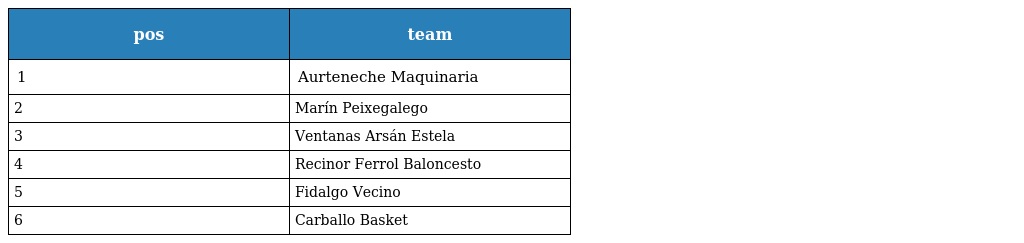
| pos | team |
 | --- | --- |
 | 1 | Aurteneche Maquinaria |
 | 2 | Marín Peixegalego |
 | 3 | Ventanas Arsán Estela |
 | 4 | Recinor Ferrol Baloncesto |
 | 5 | Fidalgo Vecino |
 | 6 | Carballo Basket |